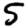
Digit: 5